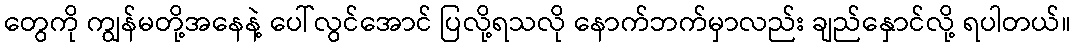
တွေကို ကျွန်မတို့အနေနဲ့ ပေါ်လွင်အောင် ပြလို့ရသလို နောက်ဘက်မှာလည်း ချည်နှောင်လို့ ရပါတယ်။